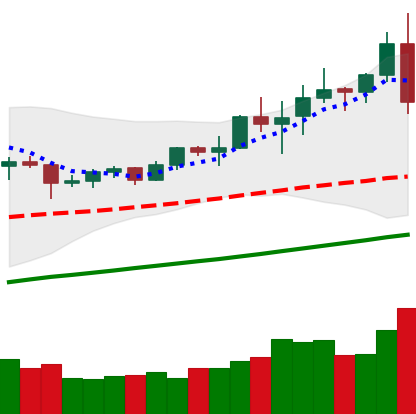
Ticker: TRX-USD
Chart end date: 2020-08-02
Forward return: 4.722%
Label: up_3_5